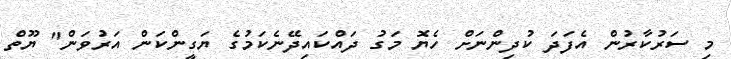
މި ސަރުކާރުން އެފަދަ ކުދިންނަށް ހެޔޮ މަގު ދައްކައިދޭނެކަމުގެ ޔަގީންކަން އަރުވަން" ޔޫތް